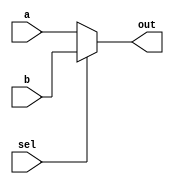
module mux2x1_32(
    input sel,
    input [31:0] a,
    input [31:0] b,
    output [31:0] out
    );

    assign out = sel?b:a;
endmodule